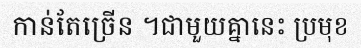
កាន់តែច្រើន ។ជាមួយគ្នានេះ ប្រមុខ